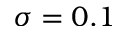
\sigma = 0 . 1